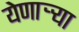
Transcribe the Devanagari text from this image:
येणाऱ्र्‍या